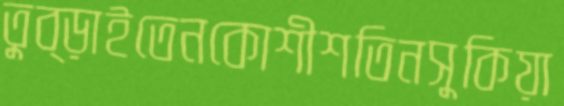
তুব্‌ড়াইতেনকোশীশতিনসুকিয়া